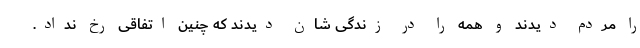
را مردم دیدند و همه را در زندگی شان دیدند که چنین اتفاقی رخ نداد.